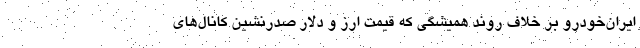
ایران‌خودرو بر خلاف روند همیشگی که قیمت ارز و دلار صدرنشین کانال‌های